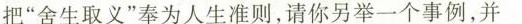
把”舍生取义”奉为人生准则，请你另举一个事例，并